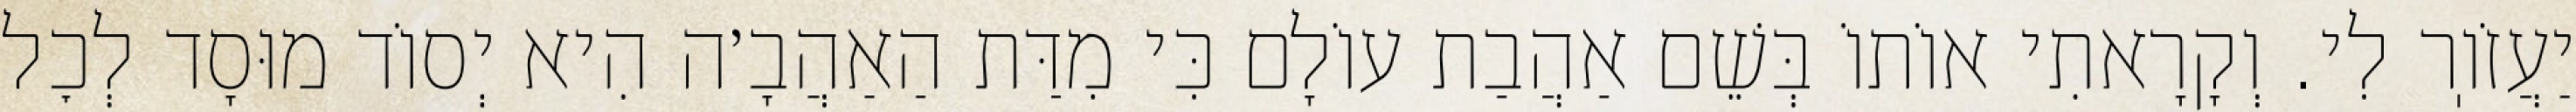
יַעֲזֹוֽר לִי. וְקָרָאתִי אוֹתוֹ בְּשֵׁם אַהֲבַת עוֹלָם כִּי מִדַּת הַאַהֲבָ׳ה הִיא יְסוֹד מוּסָד לְכׇל